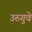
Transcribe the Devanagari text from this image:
उरुगुवे